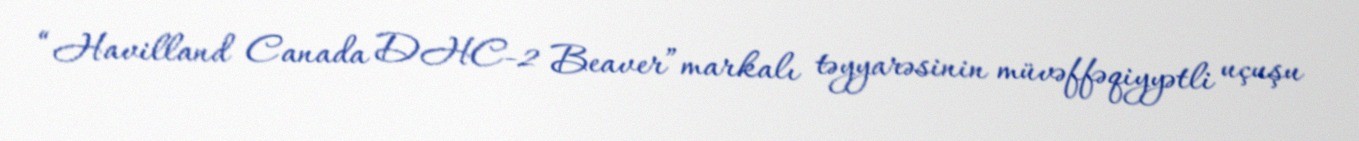
“Havilland Canada DHC-2 Beaver”markalı təyyarəsinin müvəffəqiyyətli uçuşu